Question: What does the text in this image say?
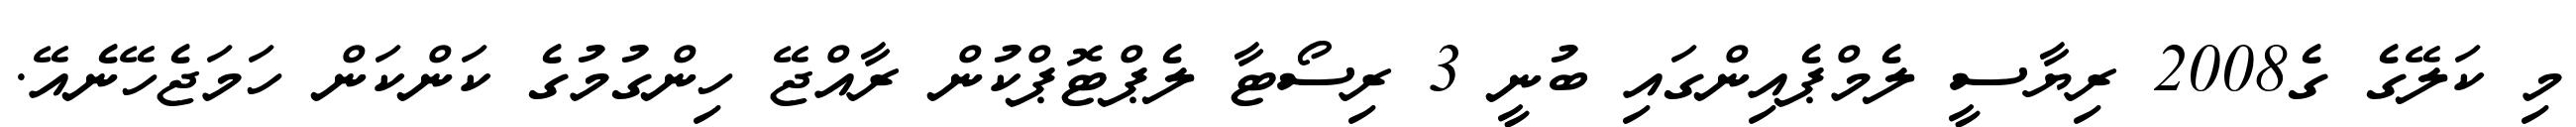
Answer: މި ކަލޭގެ ގެ2008 ރިޔާސީ ލެމްޕެއިންގައި ބުނީ 3 ރިސޯޓާ ލެޕްޓޮޕްކުން ރާއްޖޭ ހިންގުމުގެ ކަންކަން ހަމަޖެހޭނެއޭ.